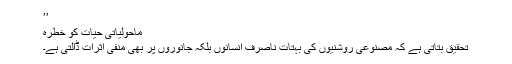
’’
ماحولیاتی حیات کو خطرہ
تحقیق بتاتی ہے کہ مصنوعی روشنیوں کی بہتات ناصرف انسانوں بلکہ جانوروں پر بھی منفی اثرات ڈالتی ہے۔